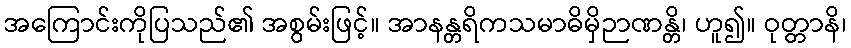
အကြောင်းကိုပြသည်၏ အစွမ်းဖြင့်။ အာနန္တရိကသမာဓိမှိဉာဏန္တိ၊ ဟူ၍။ ဝုတ္တာနိ၊